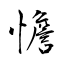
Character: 憺